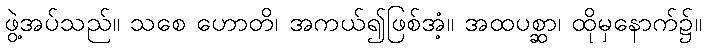
ဖွဲ့အပ်သည်။ သစေ ဟောတိ၊ အကယ်၍ဖြစ်အံ့။ အထပစ္ဆာ၊ ထိုမှနောက်၌။